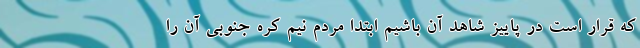
که قرار است در پاییز شاهد آن باشیم ابتدا مردم نیم کره جنوبی آن را